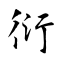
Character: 衍